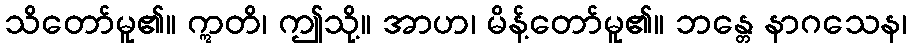
သိတော်မူ၏။ ဣတိ၊ ဤသို့။ အာဟ၊ မိန့်တော်မူ၏။ ဘန္တေ နာဂသေန၊